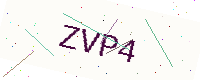
Text: ZVP4